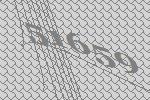
51659